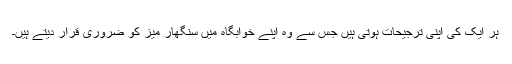
ہر ایک کی اپنی ترجیحات ہوتی ہیں جس سے وہ اپنے خوابگاہ میں سنگھار میز کو ضروری قرار دیتے ہیں۔